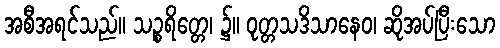
အစီအရင်သည်။ သဉ္စရိတ္တေ၊ ၌။ ဝုတ္တသဒိသာနေဝ၊ ဆိုအပ်ပြီးသော